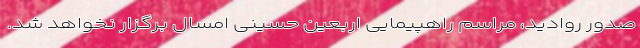
صدور روادید، مراسم راهپیمایی اربعین حسینی امسال برگزار نخواهد شد.